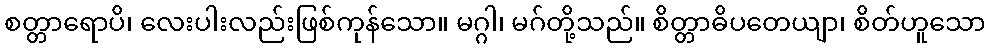
စတ္တာရောပိ၊ လေးပါးလည်းဖြစ်ကုန်သော။ မဂ္ဂါ၊ မဂ်တို့သည်။ စိတ္တာဓိပတေယျာ၊ စိတ်ဟူသော